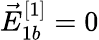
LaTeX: \vec{E}_{1b}^{[1]}=0